General report no. 6 on the lunatic asylums, vaccination and dispensaries in the Bengal Presidency, 1873 -
Year: 1873
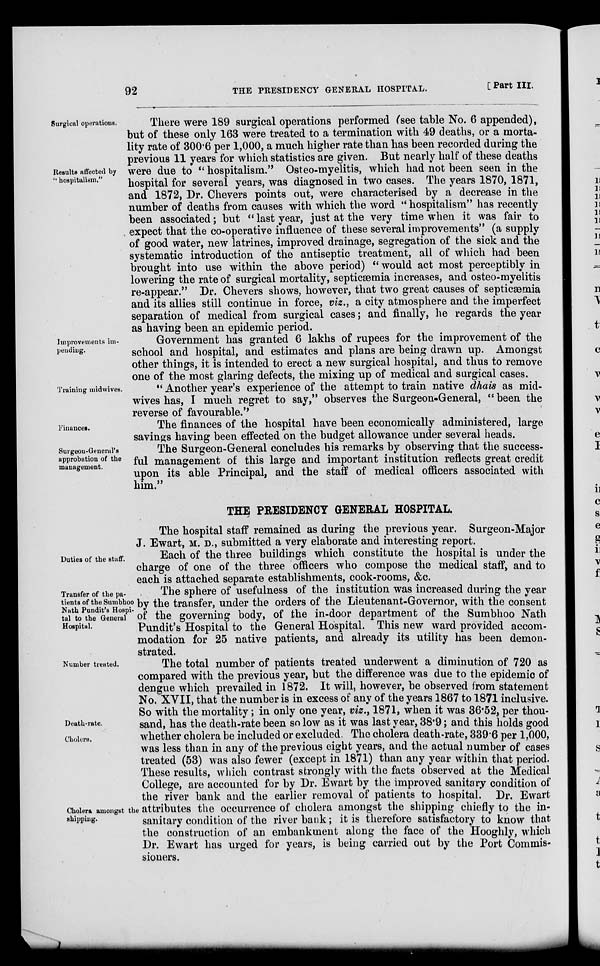
92
THE PRESIDENCY GENERAL HOSPITAL.
[ Part III.
Surgical operations.
Results affected by
'' hospitalism."
There were 189 surgical operations performed (see table No. 6 appended),
but of these only 163 were treated to a termination with 49 deaths, or a morta-
lity rate of 300.6 per 1,000, a much higher rate than has been recorded during the
previous 11 years for which statistics are given. But nearly half of these deaths
were due to " hospitalism." Osteo-myelitis, which had not been seen in the
hospital for several years, was diagnosed in two cases. The years 1870, 1871,
and 1872, Dr. Chevers points out, were characterised by a decrease in the
number of deaths from causes with which the word " hospitalism" has recently
been associated; but " last year, just at the very time when it was fair to
expect that the co-operative influence of these several improvements'' (a supply
of good water, new latrines, improved drainage, segregation of the sick and the
systematic introduction of the antiseptic treatment, all of which had been
brought into use within the above period) " would act most perceptibly in
lowering the rate of surgical mortality, septicæmia increases, and osteo-myelitis
re-appear." Dr. Chevers shows, however, that two great causes of septicæmia
and its allies still continue in force, viz., a city atmosphere and the imperfect
separation of medical from surgical cases; and finally, he regards the year
as having been an epidemic period.
Improvements im.
pending.
Government has granted 6 lakhs of rupees for the improvement of the
school and hospital, and estimates and plans are being drawn up. Amongst
other things, it is intended to erect a new surgical hospital, and thus to remove
one of the most glaring defects, the mixing up of medical and surgical cases.
Training midwives.
" Another year's experience of the attempt to train native dhais as mid.
wives has, I much regret to say," observes the Surgeon-General, " been the
reverse of favourable.''
Finances.
The finances of the hospital have been economically administered, large
savings having been effected on the budget allowance under several heads.
Surgeon-General's
approbation of the
management.
The Surgeon-General concludes his remarks by observing that the success-
ful management of this large and important institution reflects great credit
upon its able Principal, and the staff of medical officers associated with
him."
THE PRESIDENCY GENERAL HOSPITAL.
The hospital staff remained as during the previous year. Surgeon-Major
J. Ewart, M. D., submitted a very elaborate and interesting report.
Duties of the staff.
Each of the three buildings which constitute the hospital is under the
charge of one of the three officers who compose the medical staff, and to
each is attached separate establishments, cook-rooms, &c.
Transfer of the pa-
tients of the Sumbhoo
Nath Pandit's Hospi-
tal to the General
Hospital.
The sphere of usefulness of the institution was increased during the year
by the transfer, under the orders of the Lieutenant-Governor, with the consent
of the governing body, of the in-door department of the Sumbhoo Nath
Pundit's Hospital to the General Hospital. This new ward provided accom-
modation for 25 native patients, and already its utility has been demon-
strated.
Number treated.
Death-rate.
Cholera.
Cholera amongst the
shipping.
The total number of patients treated underwent a diminution of 720 as
compared with the previous year, but the difference was due to the epidemic of
dengue which prevailed in 1872. It will, however, be observed from statement
No. XVII, that the number is in excess of any of the years 1867 to 1871 inclusive.
So with the mortality; in only one year, viz., 1871, when it was 36.52, per thou-
sand, has the death-rate been so low as it was last year, 38.9; and this holds good
whether cholera be included or excluded. The cholera death-rate, 339.6 per 1,000,
was less than in any of the previous eight years, and the actual number of cases
treated (53) was also fewer (except in 1871) than any year within that period.
These results, which contrast strongly with the facts observed at the Medical
College, are accounted for by Dr. Ewart by the improved sanitary condition of
the river bank and the earlier removal of patients to hospital. Dr. Ewart
attributes the occurrence of cholera amongst the shipping chiefly to the in-
sanitary condition of the river bank; it is therefore satisfactory to know that
the construction of an embankment along the face of the Hooghly, which
Dr. Ewart has urged for years, is being carried out by the Port Commis-
sioners.